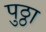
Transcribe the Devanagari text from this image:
पुठ्ठा